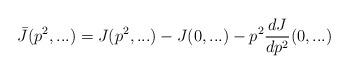
LaTeX: \begin{align*}\bar {J} (p^2,...) = J (p^2,...) - J (0,...) - p^2 \frac{dJ}{dp^2}(0,...) \end{align*}